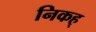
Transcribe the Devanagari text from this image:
निकह्